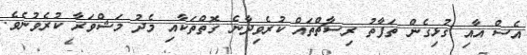
އެސް އާއި ގުޅިގެން ތަފާތު ރިސާޗްތައް ކުރެވިދާނެ ގޮތްތަކާއި މެދު މަޝްވަރާ ކުރެވުނެވެ.